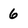
Character: 6